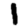
Digit: 1